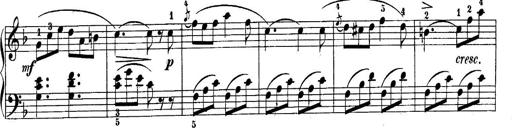
Title: 10 Sonatines progressives
Composer: Anton Schmoll